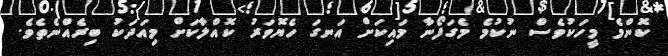
ކޮންމެ މީހަކުވެސް ނުކުމެ މެގަފޯނާ މައިކަށް އަނގަ ހެޔޮވަރު ކޮއްލާކަށް މިއަދަކު ބިރެއްނެތެވެ.